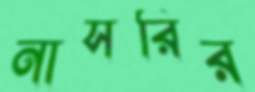
নাসরির